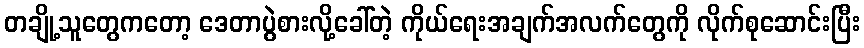
တချို့သူတွေကတော့ ဒေတာပွဲစားလို့ခေါ်တဲ့ ကိုယ်ရေးအချက်အလက်တွေကို လိုက်စုဆောင်းပြီး